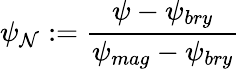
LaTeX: \psi_{\mathcal{N}}:=\frac{{\psi-\psi_{bry}}}{{\psi_{mag}-\psi_{bry}}}